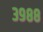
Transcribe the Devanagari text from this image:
३९८८